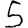
Digit: 5